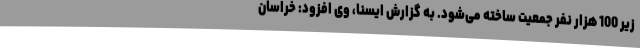
زیر 100 هزار نفر جمعیت ساخته می‌شود. به گزارش ایسنا، وی افزود: خراسان